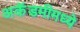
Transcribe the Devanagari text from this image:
अकॅडमीमध्ये